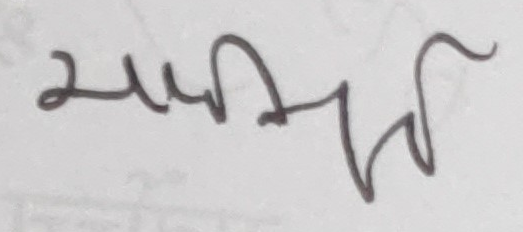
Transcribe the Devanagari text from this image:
समी